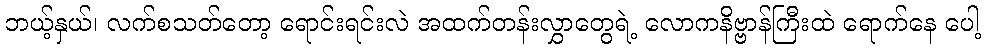
ဘယ့်နှယ်၊ လက်စသတ်တော့ ရောင်းရင်းလဲ အထက်တန်းလွှာတွေရဲ့ လောကနိဗ္ဗာန်ကြီးထဲ ရောက်နေ ပေါ့